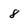
Character: 8